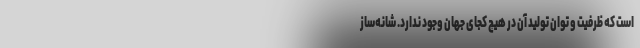
است که ظرفیت و توان تولید آن در هیچ کجای جهان وجود ندارد. شانه‌ساز